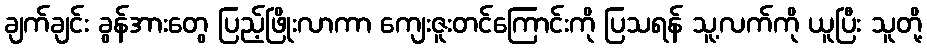
ချက်ချင်း ခွန်အားတွေ ပြည့်ဖြိုးလာကာ ကျေးဇူးတင်ကြောင်းကို ပြသရန် သူ့လက်ကို ယူပြီး သူတို့